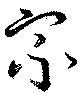
宗